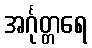
အင်္ဂုတ္တရေ